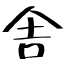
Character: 舎